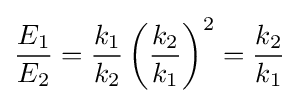
{\frac {E_{1}}{E_{2}}}={\frac {k_{1}}{k_{2}}}\left({\frac {k_{2}}{k_{1}}}\right)^{2}={\frac {k_{2}}{k_{1}}}